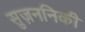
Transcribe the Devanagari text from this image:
सुज़ननिकी